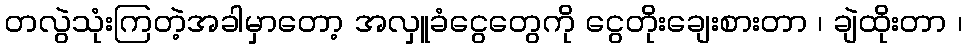
တလွဲသုံးကြတဲ့အခါမှာတော့ အလှူခံငွေတွေကို ငွေတိုးချေးစားတာ ၊ ချဲထိုးတာ ၊